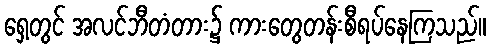
ရှေ့တွင် အလင်ဘီတံတား၌ ကားတွေတန်းစီရပ်နေကြသည်။